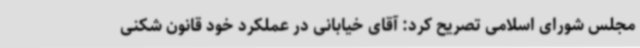
مجلس شورای اسلامی تصریح کرد: آقای خیابانی در عملکرد خود قانون شکنی